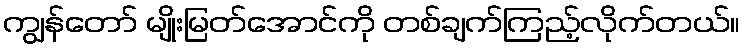
ကျွန်တော် မျိုးမြတ်အောင်ကို တစ်ချက်ကြည့်လိုက်တယ်။